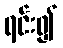
ရင်း၍